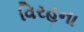
વિરહના